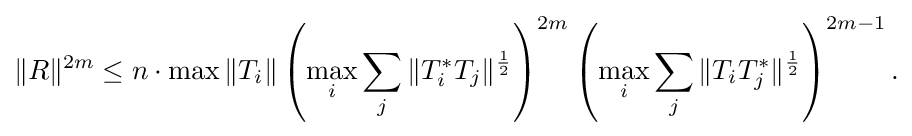
\displaystyle {\|R\|^{2m}\leq n\cdot \max \|T_{i}\|\left(\max _{i}\sum _{j}\|T_{i}^{*}T_{j}\|^{1 \over 2}\right)^{2m}\left(\max _{i}\sum _{j}\|T_{i}T_{j}^{*}\|^{1 \over 2}\right)^{2m-1}.}